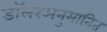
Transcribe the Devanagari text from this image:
डॉलरअनुमानित